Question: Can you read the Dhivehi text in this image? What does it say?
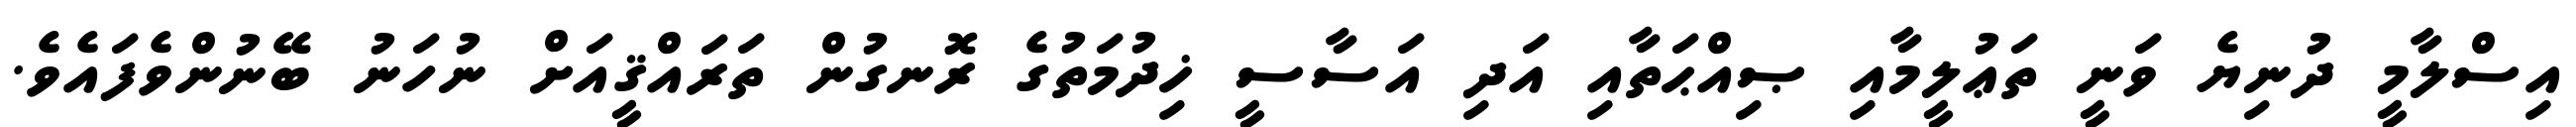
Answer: އިސްލާމީ ދުނިޔެ ވަނީ ތަޢުލީމާއި ޞިއްޙަތާއި އަދި އަސާސީ ޚިދުމަތުގެ ރޮނގުން ތަރައްޤީއަށް ނުހަނު ބޭނުންވެފައެވެ.